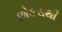
છોકરાથી